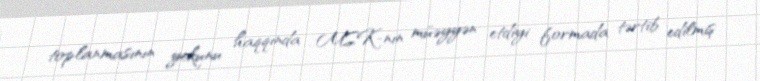
toplanmasının yekunu haqqında MSK-nın müəyyən etdiyi formada tərtib edilmiş